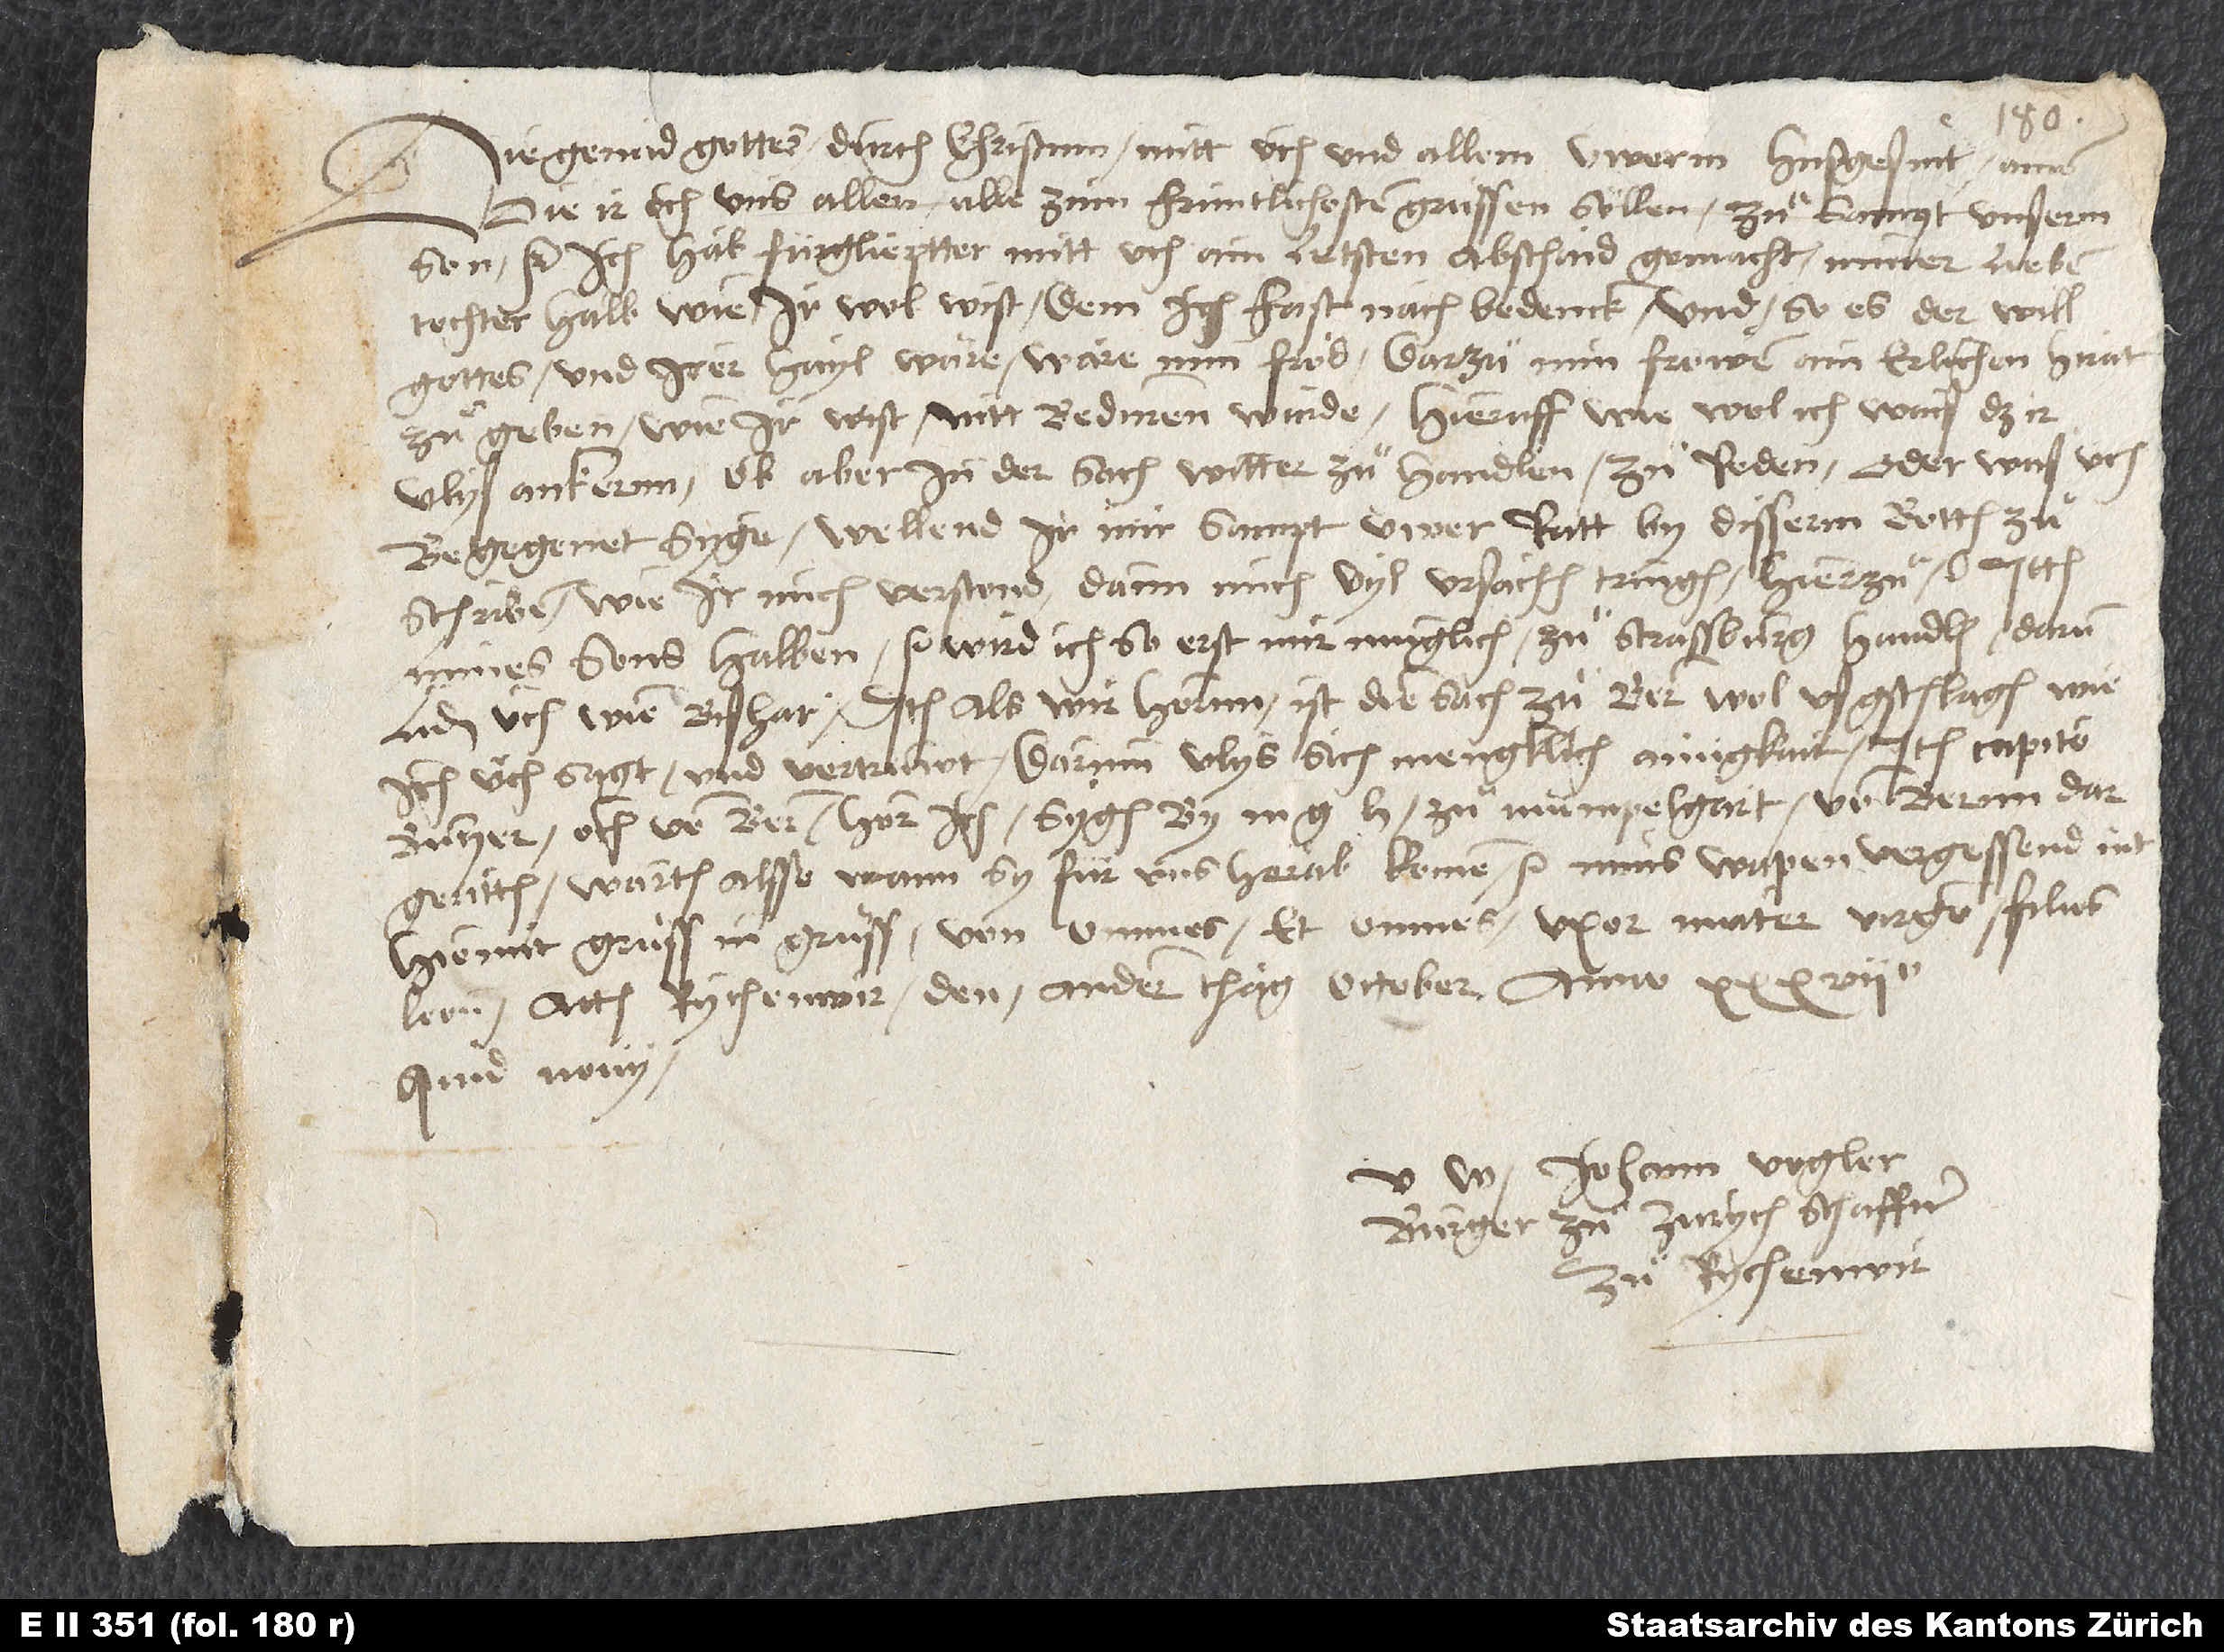
Die genad gottes durch Christum mitt üch und allem uwerm husgesint. Amen.
Die ir och uns allen alle zum früntlichosten grüssen sellen, zuͦsampt unserm
son etc. Ich hab, fürglieptter, mitt uch ain letsten abschaid gemacht miner lieben
tochter halb, wie ir wol wist. Dem ich fast nachbedenck, und so es der will
gottes und irer hayl wäre, wäre min fröd. Darzuͦ min frowen ain erlichen hirat
zuͦ geben, wie ir wist, nitt beduren wurde. Hieruff, wiewol ich waiß, daß ir
vlyß ankernn ob aber inn der sach witter zu, handlen, zuͦ reden, oder was üch
begegenet syge, wellend ir mir sampt üwer ratt by disserm botten
zuͦschriben, wie ir mich verstond; dann mich vyl ursachen tringen hierzuͦ etc. Ittem
mines sons halben etc. wird ich, so erst mir müglich, zuͦ Strassburg handlen; darum
liden üch wie bishar. Item, als wir hörnn, ist die sach zuͦ Bern wol usgschlagen, wie
ich üch sagt und vertruwt. Darum vlys sich mengklich ainigkait. Item Capito,
Butzer, och von Bern hör, ich, sygen by m zuͦ Mümpelgart, von Bernn
dargeritten. Warten alsso, wann sy für uns herab komen etc. Mins wapen vergessend nit.
Hiemit grüss in grüss, von omnes et omnes, uxor, mater, virgo, filius,
Actum Rychenwir, den andern thag october anno 37.
Quid novi?
U Johann Vogler,
burger zuͦ Zurych, schaffner
zuͦ Rychenwir.